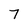
Character: 7